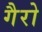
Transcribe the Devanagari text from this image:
गैरो